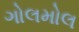
ગોલમોલ